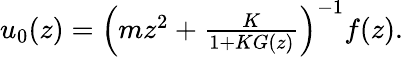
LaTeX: \begin{array}{r}{u_{0}(z)=\left(mz^{2}+\frac{K}{1+KG(z)}\right)^{-1}f(z).}\end{array}